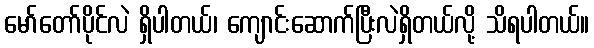
မော်တော်ပိုင်လဲ ရှိပါတယ်၊ ကျောင်းဆောက်ပြီးလဲရှိတယ်လို့ သိရပါတယ်။